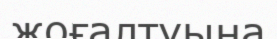
жоғалтуына